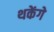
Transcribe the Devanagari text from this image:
थकेंगे